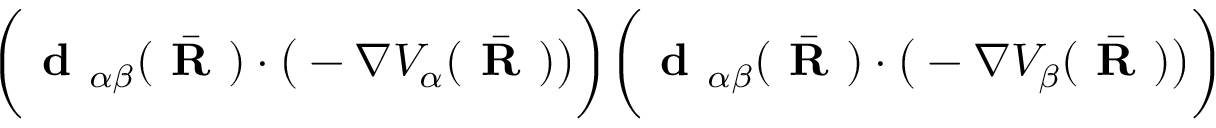
\bigg ( \textbf { d } _ { \alpha \beta } ( \bar { \textbf { R } } ) \cdot \big ( - \nabla V _ { \alpha } ( { \bar { \textbf { R } } } ) \big ) \bigg ) \bigg ( \textbf { d } _ { \alpha \beta } ( \bar { \textbf { R } } ) \cdot \big ( - \nabla V _ { \beta } ( { \bar { \textbf { R } } } ) \big ) \bigg )